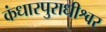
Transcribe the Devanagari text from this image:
कंधारपुराधीश्वर